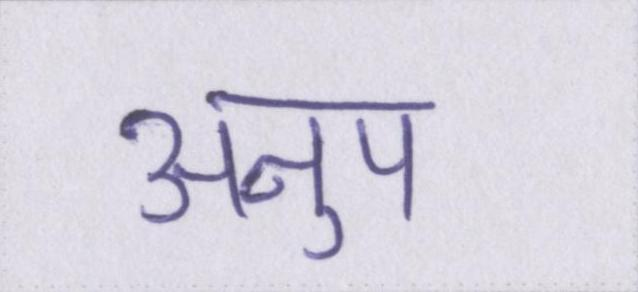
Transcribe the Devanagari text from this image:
अनुप